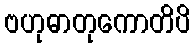
ဗဟုဓာတုကောတိပိ